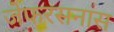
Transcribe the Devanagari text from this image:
जेफरसनास